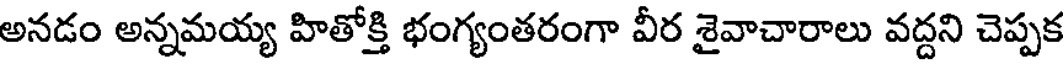
అనడం అన్నమయ్య హితోక్తి భంగ్యంతరంగా వీర శైవాచారాలు వద్దని చెప్పక